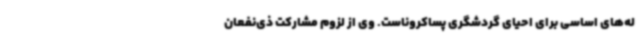
له‌های اساسی برای احیای گردشگری پساکروناست. وی از لزوم مشارکت ذی‌نفعان